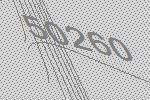
50260